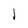
Character: I